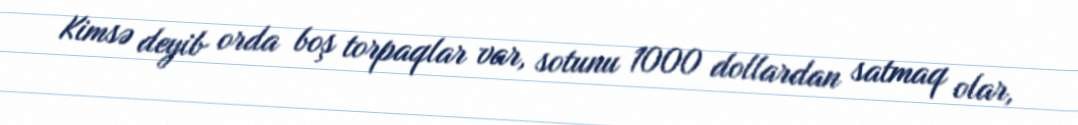
Kimsə deyib orda boş torpaqlar var, sotunu 1000 dollardan satmaq olar,